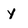
Character: y